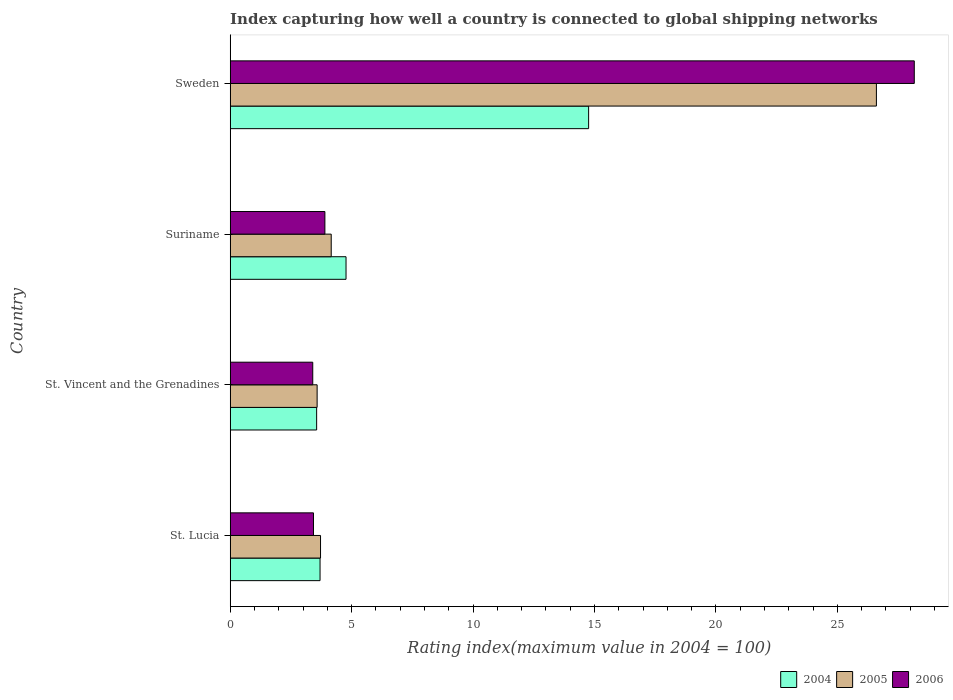
| Country | 2004 | 2005 | 2006 |
 | --- | --- | --- | --- |
 | St. Lucia | 3.7 | 3.72 | 3.43 |
 | St. Vincent and the Grenadines | 3.56 | 3.58 | 3.4 |
 | Suriname | 4.77 | 4.16 | 3.9 |
 | Sweden | 14.8 | 26.6 | 28.2 |